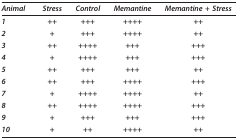
| Animal | Stress | Control | Memantine | Memantine + Stress |
 | --- | --- | --- | --- | --- |
 | 1 | ++ | +++ | ++++ | ++ |
 | 2 | + | +++ | ++++ | ++ |
 | 3 | ++ | ++++ | +++ | +++ |
 | 4 | + | ++++ | +++ | +++ |
 | 5 | ++ | +++ | +++ | ++ |
 | 6 | ++ | +++ | ++++ | +++ |
 | 7 | + | ++++ | ++++ | ++ |
 | 8 | ++ | ++++ | ++++ | +++ |
 | 9 | + | +++ | +++ | +++ |
 | 10 | + | ++ | ++++ | ++ |